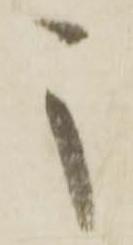
之